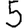
Digit: 5